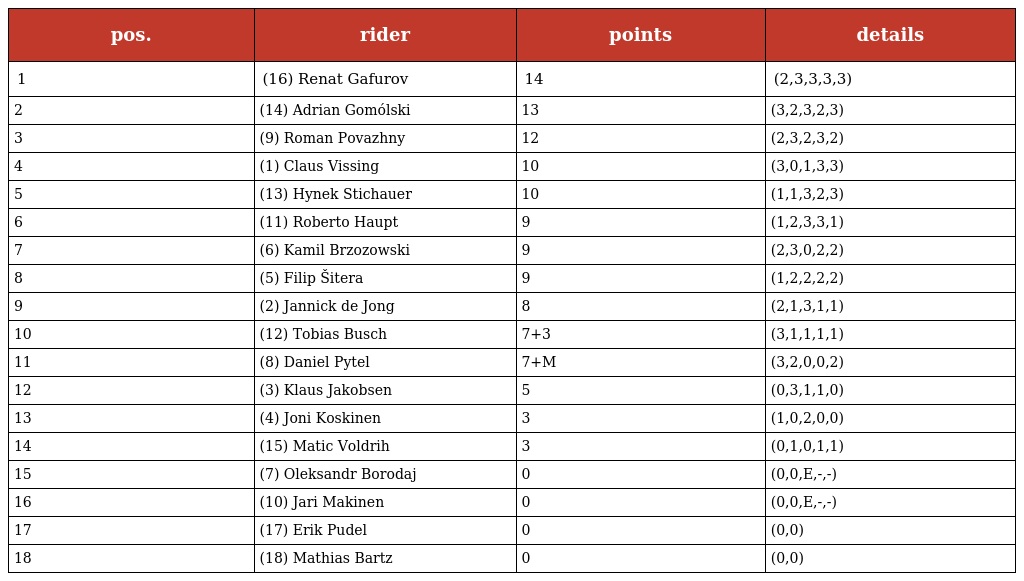
| pos. | rider | points | details |
 | --- | --- | --- | --- |
 | 1 | (16) Renat Gafurov | 14 | (2,3,3,3,3) |
 | 2 | (14) Adrian Gomólski | 13 | (3,2,3,2,3) |
 | 3 | (9) Roman Povazhny | 12 | (2,3,2,3,2) |
 | 4 | (1) Claus Vissing | 10 | (3,0,1,3,3) |
 | 5 | (13) Hynek Stichauer | 10 | (1,1,3,2,3) |
 | 6 | (11) Roberto Haupt | 9 | (1,2,3,3,1) |
 | 7 | (6) Kamil Brzozowski | 9 | (2,3,0,2,2) |
 | 8 | (5) Filip Šitera | 9 | (1,2,2,2,2) |
 | 9 | (2) Jannick de Jong | 8 | (2,1,3,1,1) |
 | 10 | (12) Tobias Busch | 7+3 | (3,1,1,1,1) |
 | 11 | (8) Daniel Pytel | 7+M | (3,2,0,0,2) |
 | 12 | (3) Klaus Jakobsen | 5 | (0,3,1,1,0) |
 | 13 | (4) Joni Koskinen | 3 | (1,0,2,0,0) |
 | 14 | (15) Matic Voldrih | 3 | (0,1,0,1,1) |
 | 15 | (7) Oleksandr Borodaj | 0 | (0,0,E,-,-) |
 | 16 | (10) Jari Makinen | 0 | (0,0,E,-,-) |
 | 17 | (17) Erik Pudel | 0 | (0,0) |
 | 18 | (18) Mathias Bartz | 0 | (0,0) |